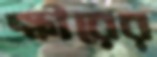
ক্ষীরের